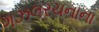
ગઝલરચનાના